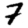
Digit: 7